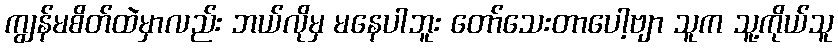
ကျွန်မစိတ်ထဲမှာလည်း ဘယ်လိုမှ မနေပါဘူး တော်သေးတာပေါ့ဗျာ သူက သူ့ကိုယ်သူ